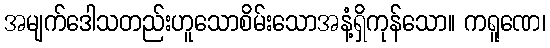
အမျက်ဒေါသတည်းဟူသောစိမ်းသောအနံ့ရှိကုန်သော။ ကရူဏေ၊